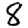
Digit: 8